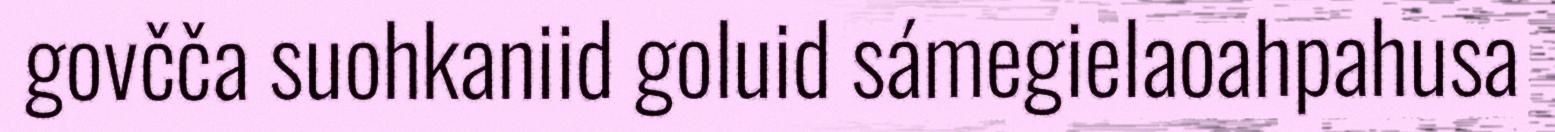
govčča suohkaniid goluid sámegielaoahpahusa